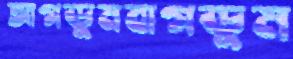
আগডুমবাগডুম